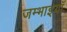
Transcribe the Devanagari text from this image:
जम्भाइयाँ